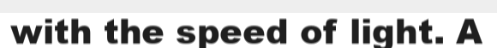
with the speed of light. A